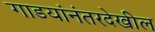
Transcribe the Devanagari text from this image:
गाडयांनंतरदेखील